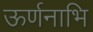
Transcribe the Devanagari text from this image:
ऊर्णनाभि